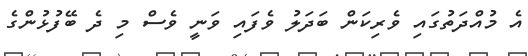
އެ މުއްދަތުގައި ވެރިކަން ބަދަލު ވެފައި ވަނީ ވެސް މި ދެ ބޭފުޅުންގެ